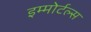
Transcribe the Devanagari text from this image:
इम्मोर्टल्स